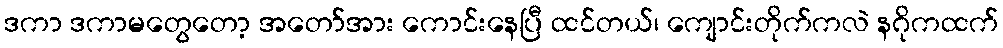
ဒကာ ဒကာမတွေတော့ အတော်အား ကောင်းနေပြီ ထင်တယ်၊ ကျောင်းတိုက်ကလဲ နဂိုကထက်